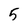
Character: 5